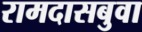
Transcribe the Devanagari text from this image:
रामदासबुवा